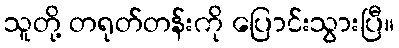
သူတို့ တရုတ်တန်းကို ပြောင်းသွားပြီ။